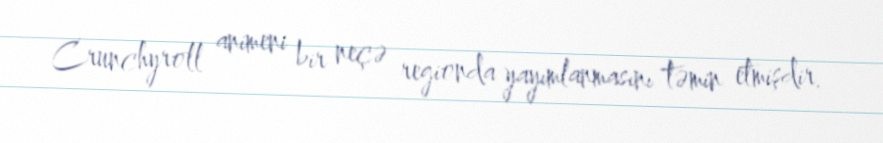
Crunchyroll animeni bir neçə regionda yayımlanmasını təmin etmişdir.